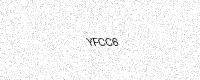
Text: YFCC6